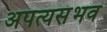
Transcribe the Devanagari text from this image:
अपत्यसंभव